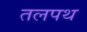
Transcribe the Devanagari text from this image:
तलपथ